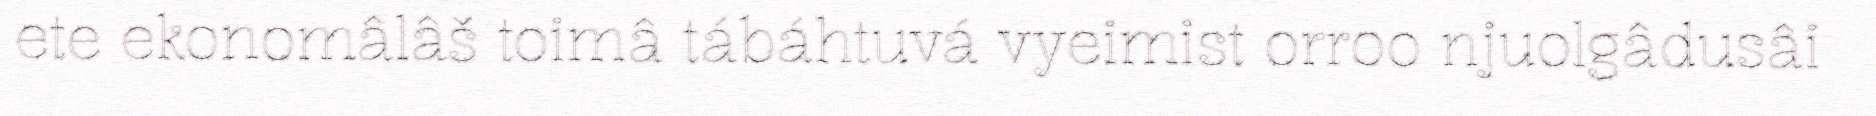
ete ekonomâlâš toimâ tábáhtuvá vyeimist orroo njuolgâdusâi